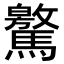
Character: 𩦨